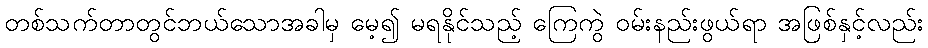
တစ်သက်တာတွင်ဘယ်သောအခါမှ မေ့၍ မရနိုင်သည့် ကြေကွဲ ဝမ်းနည်းဖွယ်ရာ အဖြစ်နှင့်လည်း